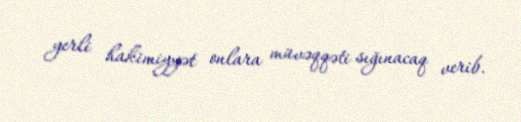
yerli hakimiyyət onlara müvəqqəti sığınacaq verib.